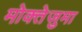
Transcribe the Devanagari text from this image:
मोक्तेजुमा